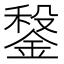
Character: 𨩂